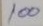
100